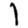
Digit: 1